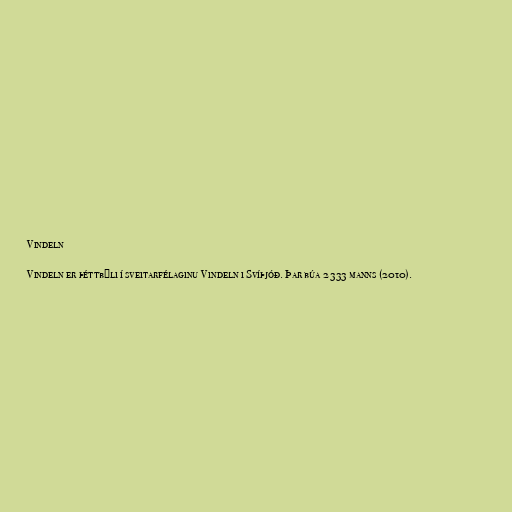
Vindeln

Vindeln er þéttbýli í sveitarfélaginu Vindeln i Svíþjóð. Þar búa 2 333 manns (2010).